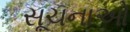
સૂચનાઓ